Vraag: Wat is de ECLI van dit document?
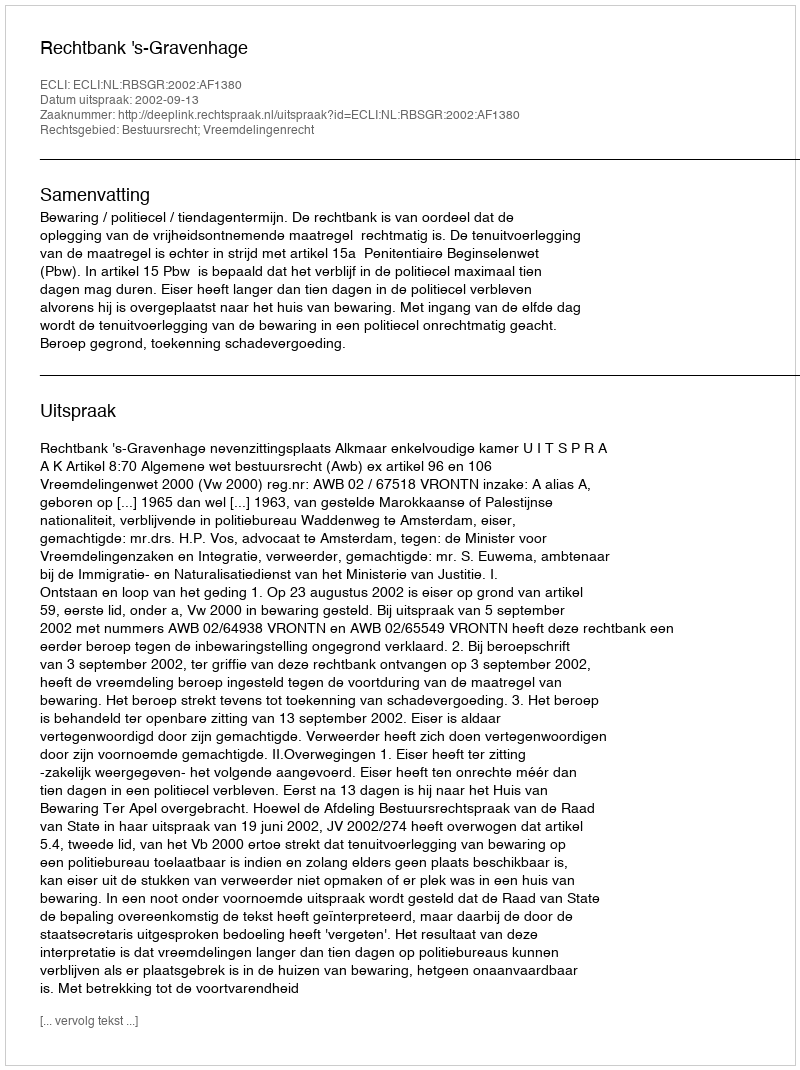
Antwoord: ECLI:NL:RBSGR:2002:AF1380